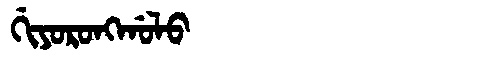
Manchu: ᡤᡳᠶᠣᡵᠣᠩᡤᠣᠯᠣ
Romanization: GIYORONGGOLO